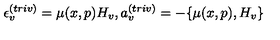
\epsilon _ { v } ^ { ( t r i v ) } = \mu ( x , p ) H _ { v } , a _ { v } ^ { ( t r i v ) } = - \{ \mu ( x , p ) , H _ { v } \}